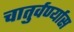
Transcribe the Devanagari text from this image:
चातुर्वर्ण्यास